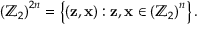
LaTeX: \left( \mathbb { Z } _ { 2 } \right) ^ { 2 n } = \left\{ \left( \mathbf { z , x } \right) : \mathbf { z } , \mathbf { x } \in \left( \mathbb { Z } _ { 2 } \right) ^ { n } \right\} .